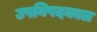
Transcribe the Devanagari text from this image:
उपनिषदकाल